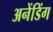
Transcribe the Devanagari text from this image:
अनेंडिंग